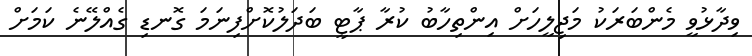
ވިދާޅުވީ މެންބަރަކު މަޖިލީހަށް އިންތިހާބު ކުރާ ޕާޓީ ބަދަލުކޮށްފިނަމަ ގޮނޑި ގެއްލޭނެ ކަމަށް